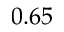
0 . 6 5